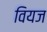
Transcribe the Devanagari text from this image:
वियज